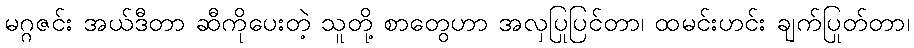
မဂ္ဂဇင်း အယ်ဒီတာ ဆီကိုပေးတဲ့ သူတို့ စာတွေဟာ အလှပြုပြင်တာ၊ ထမင်းဟင်း ချက်ပြုတ်တာ၊